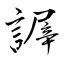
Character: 謘